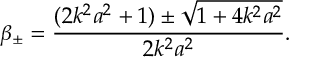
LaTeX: \beta _ { \pm } = \frac { ( 2 k ^ { 2 } a ^ { 2 } + 1 ) \pm \sqrt { 1 + 4 k ^ { 2 } a ^ { 2 } } } { 2 k ^ { 2 } a ^ { 2 } } .